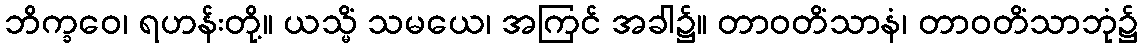
ဘိက္ခဝေ၊ ရဟန်းတို့။ ယသ္မိံ သမယေ၊ အကြင် အခါ၌။ တာဝတိံသာနံ၊ တာဝတိံသာဘုံ၌